Civil Veterinary Department Bengal reports 1933-51 - 1933-1951
Year: 1933
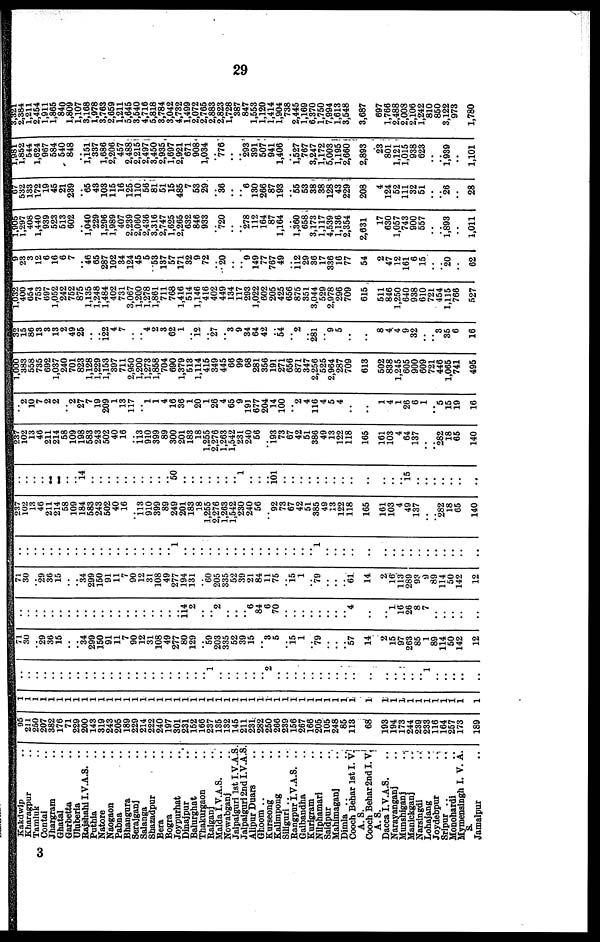
29
Kakdwip ..
Kharagpur ..
Tamluk ..
Contai ..
Jhargram ..
Ghatal ..
Garbetta ..
Uluberia ..
Rajshahi I.V.A.S. ..
Puthia ..
Natore ..
Naogaon ..
Pabna ..
Bhangura ..
Serajganj ..
Salanga ..
Shazadpur ..
Bera ..
Bogra ..
Joypurhat ..
Dinajpur ..
Balurghat ..
Thakurgaon ..
Raigan]
Malda I.V.A.S. ..
Nowabganj ..
Jalpaiguri 1st I.V.A.S.
Jalpaiguri 2nd I.V.A.S.
Alipur Duars ..
Ghoom .. ..
Kurseong ..
Kalimpong ..
Siliguri .. ..
Bangpur I.V.A.S. ..
Gaibandha ..
Kurigram ..
Nilphamari ..
Saidpur ..
Mahimaganj ..
Dimla ..
..
Cooch Behar 1st I. V.
A. S.
Cooch Behar 2nd I. V.
A. S.
Dacca I.V.A.S.
Narayanganj ..
Munshiganj
..
Manickganj ..
Narsingdi ..
Lohajang
..
Joydebpur
..
Sripur ..
..
Monohardi ..
Mymensingh I. V. A.
S.
Jamalpur
..
95
211
250
207
382
176
71
229
200
143
319
243
205
189
229
214
222
240
197
301
231
152
166
237
135
132
145
211
231;
282
250
266
239
156
267
166
205
105
248
85
113
68
193
194
173
244
239
233
116
164
257
173
189
1
1
1
1
1
1
1
1
1
1
1
1
1
1
1
1
1
1
1
1
1
1
1
1
1
1
1
1
1
1
1
1
1
1
1
1
1
1
1
1
1
1
1
1
1
1
1
1
1
1
1
1
1
..
..
..
..
..
..
..
..
..
..
..
..
..
..
..
..
..
..
..
..
..
..
..
1
..
..
..
..
..
..
2
..
..
..
..
..
..
..
..
..
..
..
..
..
..
..
..
1
..
..
..
..
..
71
30
..
29
36
15
..
..
34
299
150
91
11
7
90
12
31
108
49
277
80
129
.. 59
203
335
52
39
15
.. 3
5
.. 15
1
.. 79
..
..
..
57
14
2
15
97
263
85
1
89
114
50
142
12
..
..
..
..
..
..
..
..
..
..
..
..
..
..
..
..
..
..
..
..
114
2
..
..
2
..
..
..
6
84
6
70
..
..
..
..
..
..
..
..
4
..
..
1
16
26
8
7
..
..
..
..
..
71
30
.. 29
36
15
..
.. 34
299
150
91
11
7
90
12
31
108
49
277
194
131
..
60
205
335
52
39
21
84
11
75
..
15 1
..
79
..
..
..
61
14
2
16
113
289
93
9
89
114
50
142
12
..
..
..
..
..
..
..
..
..
..
..
..
..
..
.. ..
.. ..
.. 1
..
..
..
.. ..
..
.. ..
..
..
..
..
..
..
..
.. 1
..
..
..
..
..
.. ..
.. ..
..
.. ..
..
..
..
..
237
102
13
46
211
214
58
109
184
583
243
502
40
16
.. 113 910
399
89
249
201
183
18
1,255
2,276
1,263
1,542
230
240
56
.. 92
73
67
42
51
385
49
13
122
118
165
161
103
4
49
137
..
.. 282
18
65
140
..
..
..
.. ..
..
..
.. 14
..
..
..
..
..
..
..
.. ..
.. 50
..
..
..
..
..
..
.. 1
..
..
.. 101
..
..
..
..
..
..
..
..
..
..
..
..
.. 15
..
..
..
..
..
..
..
237
102
13
46
211
214
58
109
198
583
243
502
40
16
..
113
910
399
89
300
201
183
18
1,255
2,276
1,263
1,542
231
240
56
.. 193
73
67
42
51
386
49
13
122
118
165
161
103
4
64
137
..
.. 282
18
65
140
.. 2
10
7
2
2
.. 2
27
7
19
209
1
13
117
.. 1
1
4
16
36
1
20
1
26
4
65
9
191
677
204
14
100
.. 2
4
116
4
5
4
..
..
1
4
1
26
6
1
.. 5
15
19
16
1,000
383
558
735
692
1,037
240
701
823
1,128
1,229
1,153
397
711
2,950
1,200
1,273
1,858
704
690
1,379
513
1,114
415
349
445
66
99
68
281
356
191
271
656
871
347
2,256
525
2,964
287
709
613
502
838
1,245
605
900
609
721
446
1,065
741
495
32
15
86
13
3
13
2
49
25
..
.. 122
4
7
..
.. 4
2
3
62
1
.. 12
.. 27
.. 3
9
34
64
42
.. 54
.. 2
.. 281
.. 9
5
..
..
8
4
4
9
32
..
.. 3
35
6
16
1,032
400
654
753
697
1,052
242
752
875
1,135
1,248
1,484
402
731
3,067
1,200
1,278
1,861
711
768
1,416
514
1,146
416
402
449
134
117
293
1,022
602
205
425
656
875
351
3,044
529
2,978
296
709
615
511
846
1,250
640
938
610
721
454
1,115
766
527
9
23
3
12
6
16
6
7
.. 46
65
287
102
34
124
45
5
53
137
57
171
32
9
72
.. 20
..
.. 9
149
77
767
49
.. 112 29
36
17
336
16
77
54
2
47
12
161
6
15
.. .. 20
..
62
1,905
1,297
408
1,440
939
523
513
602
.. 1,040
229
1,296
1,989
407
2,239
2,060
2,436
3,316
2,747
1,625
2,265
632
846
933
.. 720
..
.. 278
112
164
87
1,164
.. 1,360
658
3,173
1,117
4,539
1,136
2,354
2,631
17
630
1,057
743
900
557
..
.. 1,893
..
1,011
67
532
133
172
19
45
21
239
.. 65
43
103
115
16
125
110,
56'
81'
51
15
485
7
53
29
.. 36
..
.. 6
130
266
87
193
.. 55
53
38
38
128
43
229
208
4
124
52
111
32
51
..
.. 26
..
28
1,981
1,852
544
1,624
967
584
540
848
.. 1,151
337
1,686
2,206
457
2,488
2,215
2,497
3,450
2,935
1,697
2,921
671
908
1,034
.. 776
..
.. 293
391
507
941
1,406
.. 1,527
767
3,247
1,172
5,003
1,195
2,660
2,893
23
801
1,121
1,015
938
623
..
.. 1,939
..
1,101
3,321
2,384
1,211
2,454
1,911
1,865
840
1,809
1,107
3,168
1,978
3,763
2,659
1,211
5,645
3,540
4,716
5,818
3,784
3,042
4,732
1,499
2,072
2,765
2,883
2,823
1,728
387
847
1,553
1,120
1,414
1,904
738
2,445
1,169
6,370
1,750
7,994
1,613
3,548
3,687
697
1,766
2,488
2,008
2,106
1,242
810
850
3,122
973
1,780
3